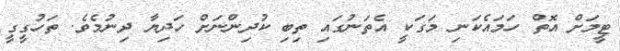
ޓީމަށް އޮތް ހަމައެކަނި މަގަކީ އެތަނުގައި ތިބި ކުދިންނަށް ހަދިޔާ ދިނުމެވެ. ތަހުގީގީ